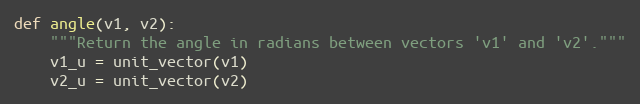
Language: Python
def angle(v1, v2):
    """Return the angle in radians between vectors 'v1' and 'v2'."""
    v1_u = unit_vector(v1)
    v2_u = unit_vector(v2)